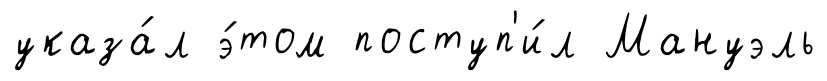
указа́л э́том поступ'и́л Мануэль